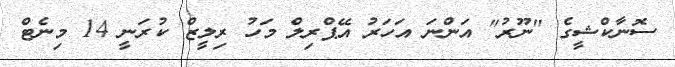
ސޮނާކްޝީގެ "ނޫރު" އަންނަ އަހަރު އޭޕްރިލް މަހު ރިލީޒް ކުރަނީ 14 މިނެޓް